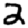
Digit: 2